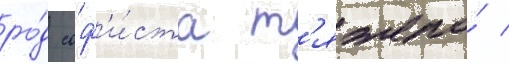
ро́д соф'и́ста т'яжело́ /